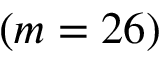
( m = 2 6 )